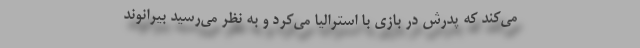
می‌کند که پدرش در بازی با استرالیا می‌کرد و به نظر می‌رسید بیرانوند